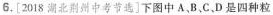
6.[2018湖北荆州中考节选]下图中A，B，C，D是四种粒